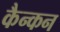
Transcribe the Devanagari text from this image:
कैन्कन